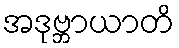
အဒုဗ္ဘာယာတိ